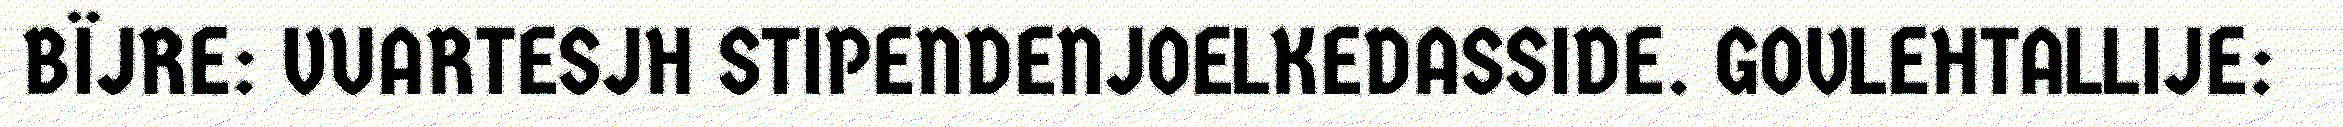
BÏJRE: VUARTESJH STIPENDENJOELKEDASSIDE. GOVLEHTALLIJE: